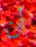
ان